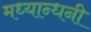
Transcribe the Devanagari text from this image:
मध्यान्धनी